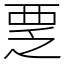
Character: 覂